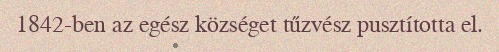
1842-ben az egész községet tűzvész pusztította el.